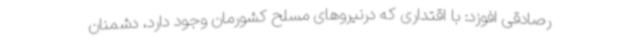
رصادقی افوزد: با اقتداری که درنیروهای مسلح کشورمان وجود دارد، دشمنان